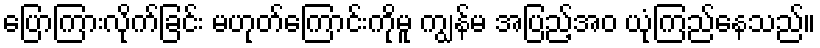
ပြောကြားလိုက်ခြင်း မဟုတ်ကြောင်းကိုမူ ကျွန်မ အပြည့်အဝ ယုံကြည်နေသည်။